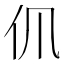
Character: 𠆰